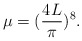
\begin{align*}\mu =(\frac{4L}{\pi })^{8}.\end{align*}